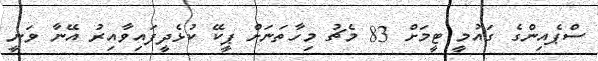
ސްޕެއިންގެ ގައުމީ ޓީމަށް 83 މެޗު މިހާތަނަށް ޕީކޭ ކުޅެދީފައިވާއިރު އޭނާ ވަނީ